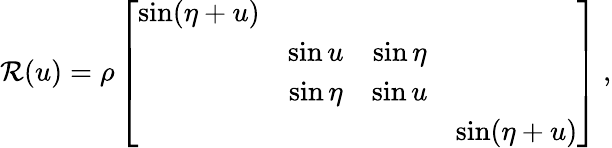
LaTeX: {\cal R}(u)=\rho\left[\begin{array}{cccc}{{\sin(\eta+u)}}&{{}}&{{}}&{{}}\\ {{}}&{{\sin u}}&{{\sin\eta}}&{{}}\\ {{}}&{{\sin\eta}}&{{\sin u}}&{{}}\\ {{}}&{{}}&{{}}&{{\sin(\eta+u)}}\end{array}\right]~,